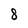
Character: 8